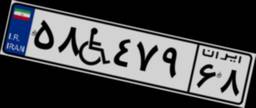
۲۶W۲۷۴۰۵